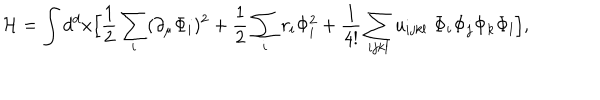
LaTeX: { \cal H } = \int d ^ { d } x \Bigl [ { \frac { 1 } { 2 } } \sum _ { i } ( \partial _ { \mu } \Phi _ { i } ) ^ { 2 } + { \frac { 1 } { 2 } } \sum _ { i } r _ { i } \Phi _ { i } ^ { 2 } + { \frac { 1 } { 4 ! } } \sum _ { i j k l } u _ { i j k l } \; \Phi _ { i } \Phi _ { j } \Phi _ { k } \Phi _ { l } \Bigr ] ,